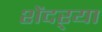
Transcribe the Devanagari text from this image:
शेंदऱ्या